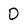
Character: 0